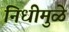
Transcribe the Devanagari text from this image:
निधीमुळे